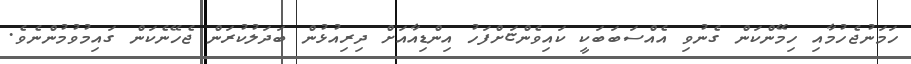
ހަމަނުޖެހުމާއި ހިމޭންކަން ގެނުވި އެއްސަބަބަކީ ކައިވެންޏަށްފަހު އިންޑިއާއަށް ދިރިއުޅުން ބަދަލުކުރަން ޖެހޭނެކަން ގައިމުވުމުންނެވެ.